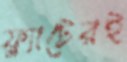
ফ্ল্যাটেরই